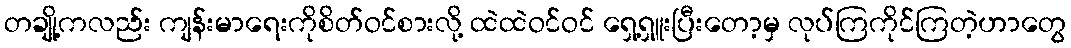
တချို့ကလည်း ကျန်းမာရေးကိုစိတ်ဝင်စားလို့ ထဲထဲဝင်ဝင် ရှေ့ရှူးပြီးတော့မှ လုပ်ကြကိုင်ကြတဲ့ဟာတွေ